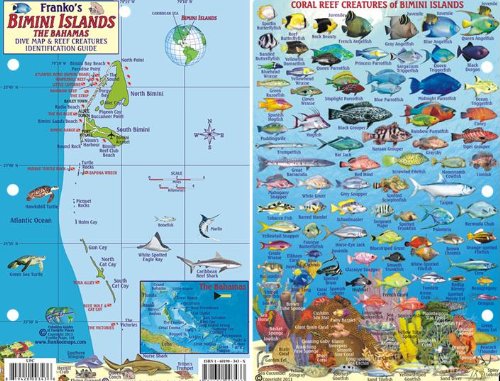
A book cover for Bimini Islands Bahamas Dive Map & Reef Creatures Guide Franko Maps Laminated Fish Card; Franko Maps Ltd.; Travel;